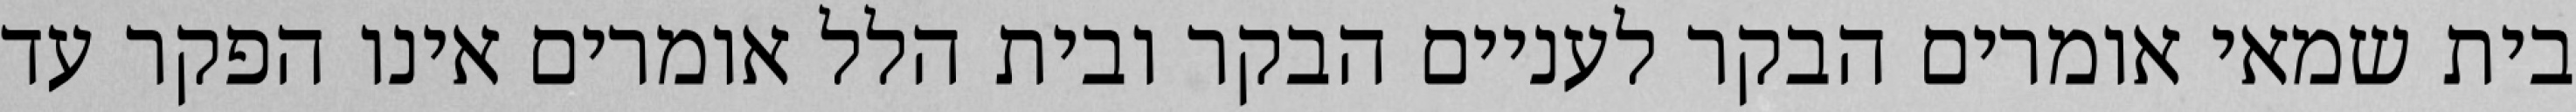
בית שמאי אומרים הבקר לעניים הבקר ובית הלל אומרים אינו הפקר עד